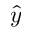
\hat { y }